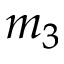
m _ { 3 }